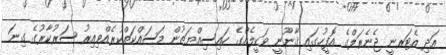
އަދި އެޓަރނީ ޖެނެރަލްގެ އޮފީހުގައި ޤާނޫނީ ވަކީލެއްގެ ހައިސިއްޔަތުން މަސައްކަތްކުރެއްވިއިރު ސަރުކާރުގެ ގިނަ